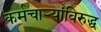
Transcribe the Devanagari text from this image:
कर्मचार्‍यांविरुद्ध